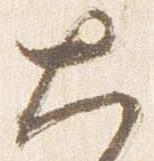
大